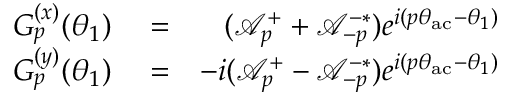
\begin{array} { r l r } { G _ { p } ^ { ( x ) } ( \theta _ { 1 } ) } & { { } = } & { ( \mathcal { A } _ { p } ^ { + } + \mathcal { A } _ { - p } ^ { - * } ) e ^ { i ( p \theta _ { \mathrm { a c } } - \theta _ { 1 } ) } } \\ { G _ { p } ^ { ( y ) } ( \theta _ { 1 } ) } & { { } = } & { - i ( \mathcal { A } _ { p } ^ { + } - \mathcal { A } _ { - p } ^ { - * } ) e ^ { i ( p \theta _ { \mathrm { a c } } - \theta _ { 1 } ) } } \end{array}